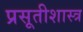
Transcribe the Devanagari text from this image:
प्रसूतीशास्त्र